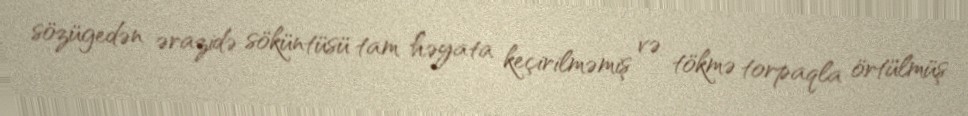
sözügedən ərazidə söküntüsü tam həyata keçirilməmiş və tökmə torpaqla örtülmüş